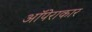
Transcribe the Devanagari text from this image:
ऑपेराकार